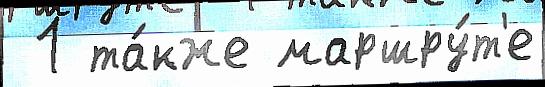
 1 та́кже маршру́т'е